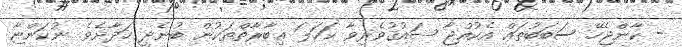
- ކާންޖެހޭ ސަބަބުތައް އެކުއްޖާ ޝައުޤުވެރިވާ ކަހަލަ ޢިބާރާތްތަކުން ބުނެދީ ހަދާށެވެ. ނުކަންޏާ